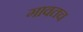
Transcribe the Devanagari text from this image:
गावतच